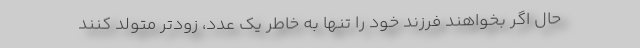
حال اگر بخواهند فرزند خود را تنها به خاطر یک عدد، زودتر متولد کنند